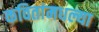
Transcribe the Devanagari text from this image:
कवितांमधल्या